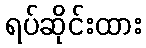
ရပ်ဆိုင်းထား